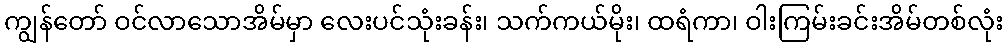
ကျွန်တော် ဝင်လာသောအိမ်မှာ လေးပင်သုံးခန်း၊ သက်ကယ်မိုး၊ ထရံကာ၊ ဝါးကြမ်းခင်းအိမ်တစ်လုံး